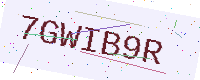
Text: 7GWIB9R